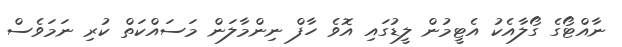
ނާއްޓޯގެ ގޯލާއެކު އެޓީމުން ލީޑުގައި އޮވެ ހާފް ނިންމާލަން މަސައްކަތް ކުރި ނަމަވެސް